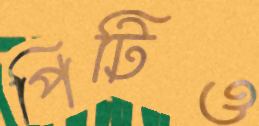
পিটিও